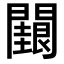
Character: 𮤢